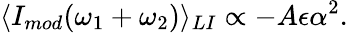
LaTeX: \langle I_{mod}(\omega_{1}+\omega_{2})\rangle_{LI}\propto-A\epsilon\alpha^{2}.